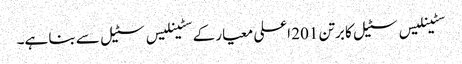
سٹینلیس سٹیل کا برتن 201 اعلی معیار کے سٹینلیس سٹیل سے بنا ہے۔